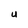
Character: U